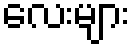
လေးများ